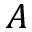
A